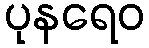
ပုနရေဝ